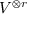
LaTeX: V ^ { \otimes r }